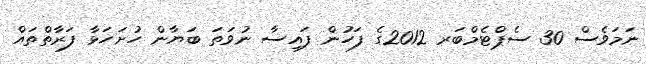
ނަމަވެސް 30 ސެޕްޓެމްބަރ 2012ގެ ފަހުން ފައިސާ ނުވަތަ ބަޔާން ހުށަހަޅާ ފަރާތްތައް